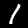
Digit: 1